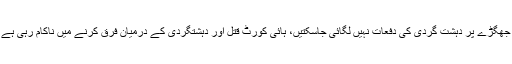
مجرم شاہ رخ جتوئی کی درخواست میں مؤقف اختیار کیا گیا ہےکہ دو افراد کے ذاتی جھگڑے پر دہشت گردی کی دفعات نہیں لگائی جاسکتیں، ہائی کورٹ قتل اور دہشتگردی کے درمیان فرق کرنے میں ناکام رہی ہے جب کہ سپریم کورٹ قرار دے چکی ہے کہ ہر قتل دہشت گردی میں شامل نہیں ہوتا۔